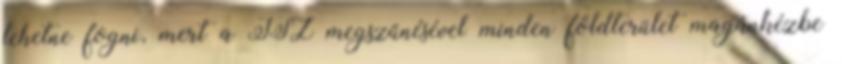
lehetne fogni, mert a TSZ megszűnésével minden földterület magánkézbe